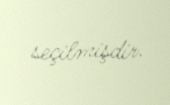
seçilmişdir.